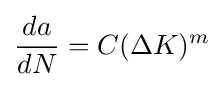
{da \over dN}=C(\Delta K)^{m}